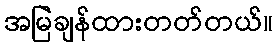
အမြဲချန်ထားတတ်တယ်။